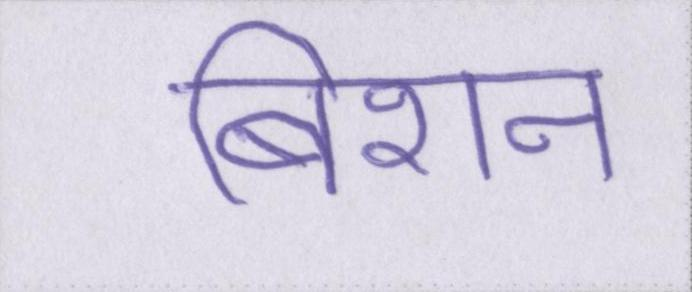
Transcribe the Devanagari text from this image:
बिशन